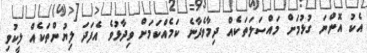
އެކު އޮންނަ ގުޅުމަށް މައްސަލަތަކެއް ދިމާވެދާނެ ކަމެއްކަމަށް ވިދާޅުވެ އެފަދަ ލިޔުންތަކެއް ލީކުވި